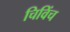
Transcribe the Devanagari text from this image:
चिविंच